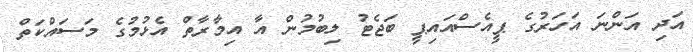
އަދި އަންނަ އަހަރުގެ ޕީއެސްއައިޕީ ބަޖެޓު ލިބުމުން އާ އިމާރާތް އެޅުމުގެ މަސައްކަތް